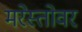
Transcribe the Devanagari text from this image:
मरेस्तोवर